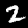
Label: 2